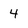
Character: 4